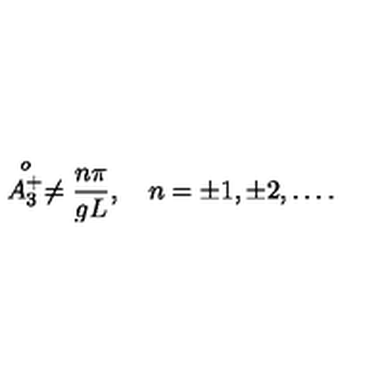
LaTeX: \stackrel { o } { A _ { 3 } ^ { + } } \neq { \frac { n \pi } { g L } } , \quad n = \pm 1 , \pm 2 , \ldots .